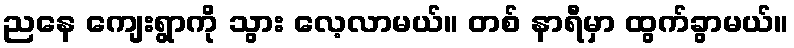
ညနေ ကျေးရွာကို သွား လေ့လာမယ်။ တစ် နာရီမှာ ထွက်ခွာမယ်။